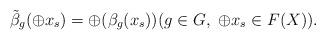
LaTeX: \begin{align*}\tilde\beta_g(\oplus x_s)=\oplus (\beta_g(x_s))(g\in G, \ \oplus x_s\in F(X)). \end{align*}